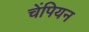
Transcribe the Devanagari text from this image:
चेंपियन